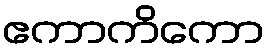
ဧကာကိကော